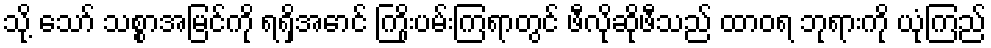
သို့ သော် သစ္စာအမြင်ကို ရရှိအောင် ကြိုးပမ်းကြရာတွင် ဖီလိုဆိုဖီသည် ထာဝရ ဘုရားကို ယုံကြည်